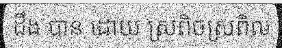
ដឹង បាន ដោយ ស្រពិចស្រពិល